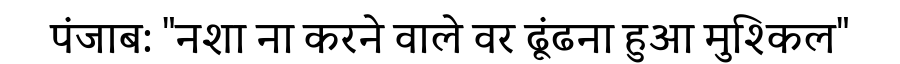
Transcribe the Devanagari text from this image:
पंजाब: "नशा ना करने वाले वर ढूंढना हुआ मुश्किल"